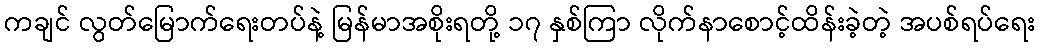
ကချင် လွတ်မြောက်ရေးတပ်နဲ့ မြန်မာအစိုးရတို့ ၁၇ နှစ်ကြာ လိုက်နာစောင့်ထိန်းခဲ့တဲ့ အပစ်ရပ်ရေး